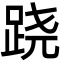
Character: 跷